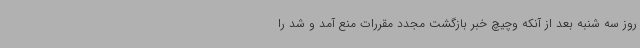
روز سه شنبه بعد از آنکه وچیچ خبر بازگشت مجدد مقررات منع آمد و شد را